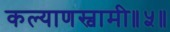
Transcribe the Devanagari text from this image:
कल्याणस्वामी॥५॥